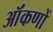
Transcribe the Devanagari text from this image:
ऑंकणों